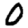
Digit: 0